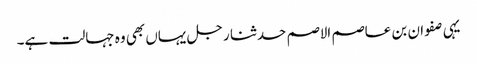
یہی صفوان بن عاصم الاصم حدثنا رجل یہاں بھی وہ جہالت ہے۔